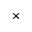
\times